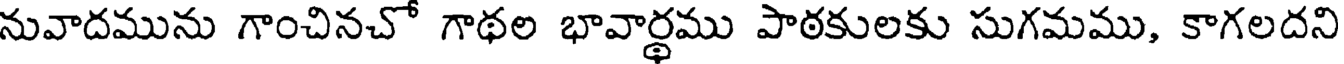
నువాదమును గాంచినచో గాథల భావార్థము పాఠకులకు సుగమము, కాగలదని